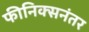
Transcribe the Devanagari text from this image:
फीनिक्सनंतर